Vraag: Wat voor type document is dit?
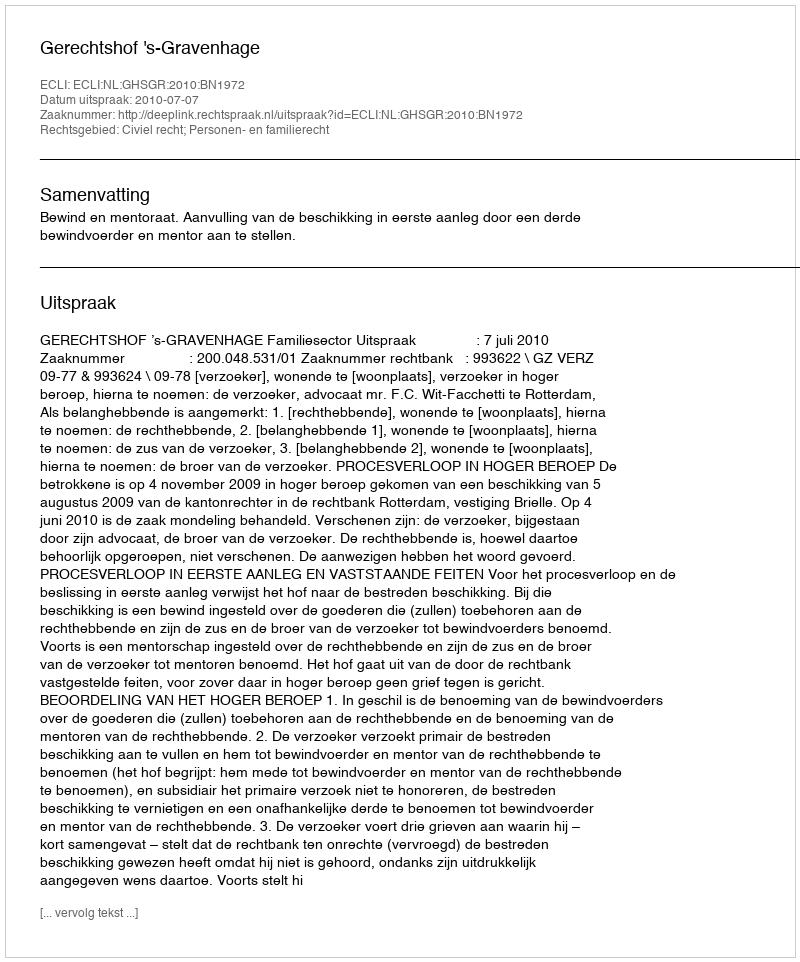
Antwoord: Uitspraak